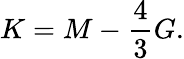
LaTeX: K=M-\frac{4}{3}G.